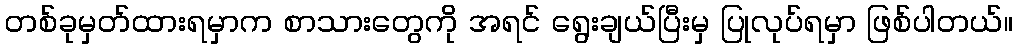
တစ်ခုမှတ်ထားရမှာက စာသားတွေကို အရင် ရွေးချယ်ပြီးမှ ပြုလုပ်ရမှာ ဖြစ်ပါတယ်။